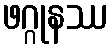
ဖဂ္ဂုနဿ